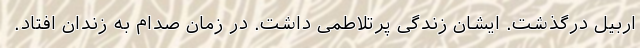
اربیل درگذشت. ایشان زندگی پرتلاطمی داشت. در زمان صدام به زندان افتاد.